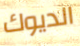
الديوك